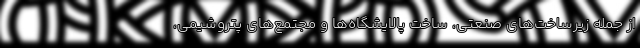
از جمله زیرساخت‌های صنعتی، ساخت پالایشگاه‌ها و مجتمع‌های پتروشیمی،